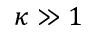
\kappa \gg 1